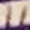
Text: 11